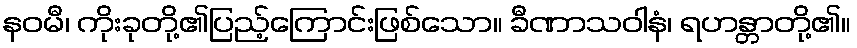
နဝမီ၊ ကိုးခုတို့၏ပြည့်ကြောင်းဖြစ်သော။ ခီဏာသဝါနံ၊ ရဟန္တာတို့၏။